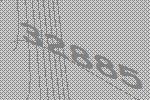
32885